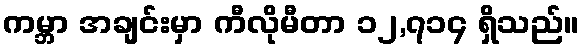
ကမ္ဘာ အချင်းမှာ ကီလိုမီတာ ၁၂,၇၁၄ ရှိသည်။